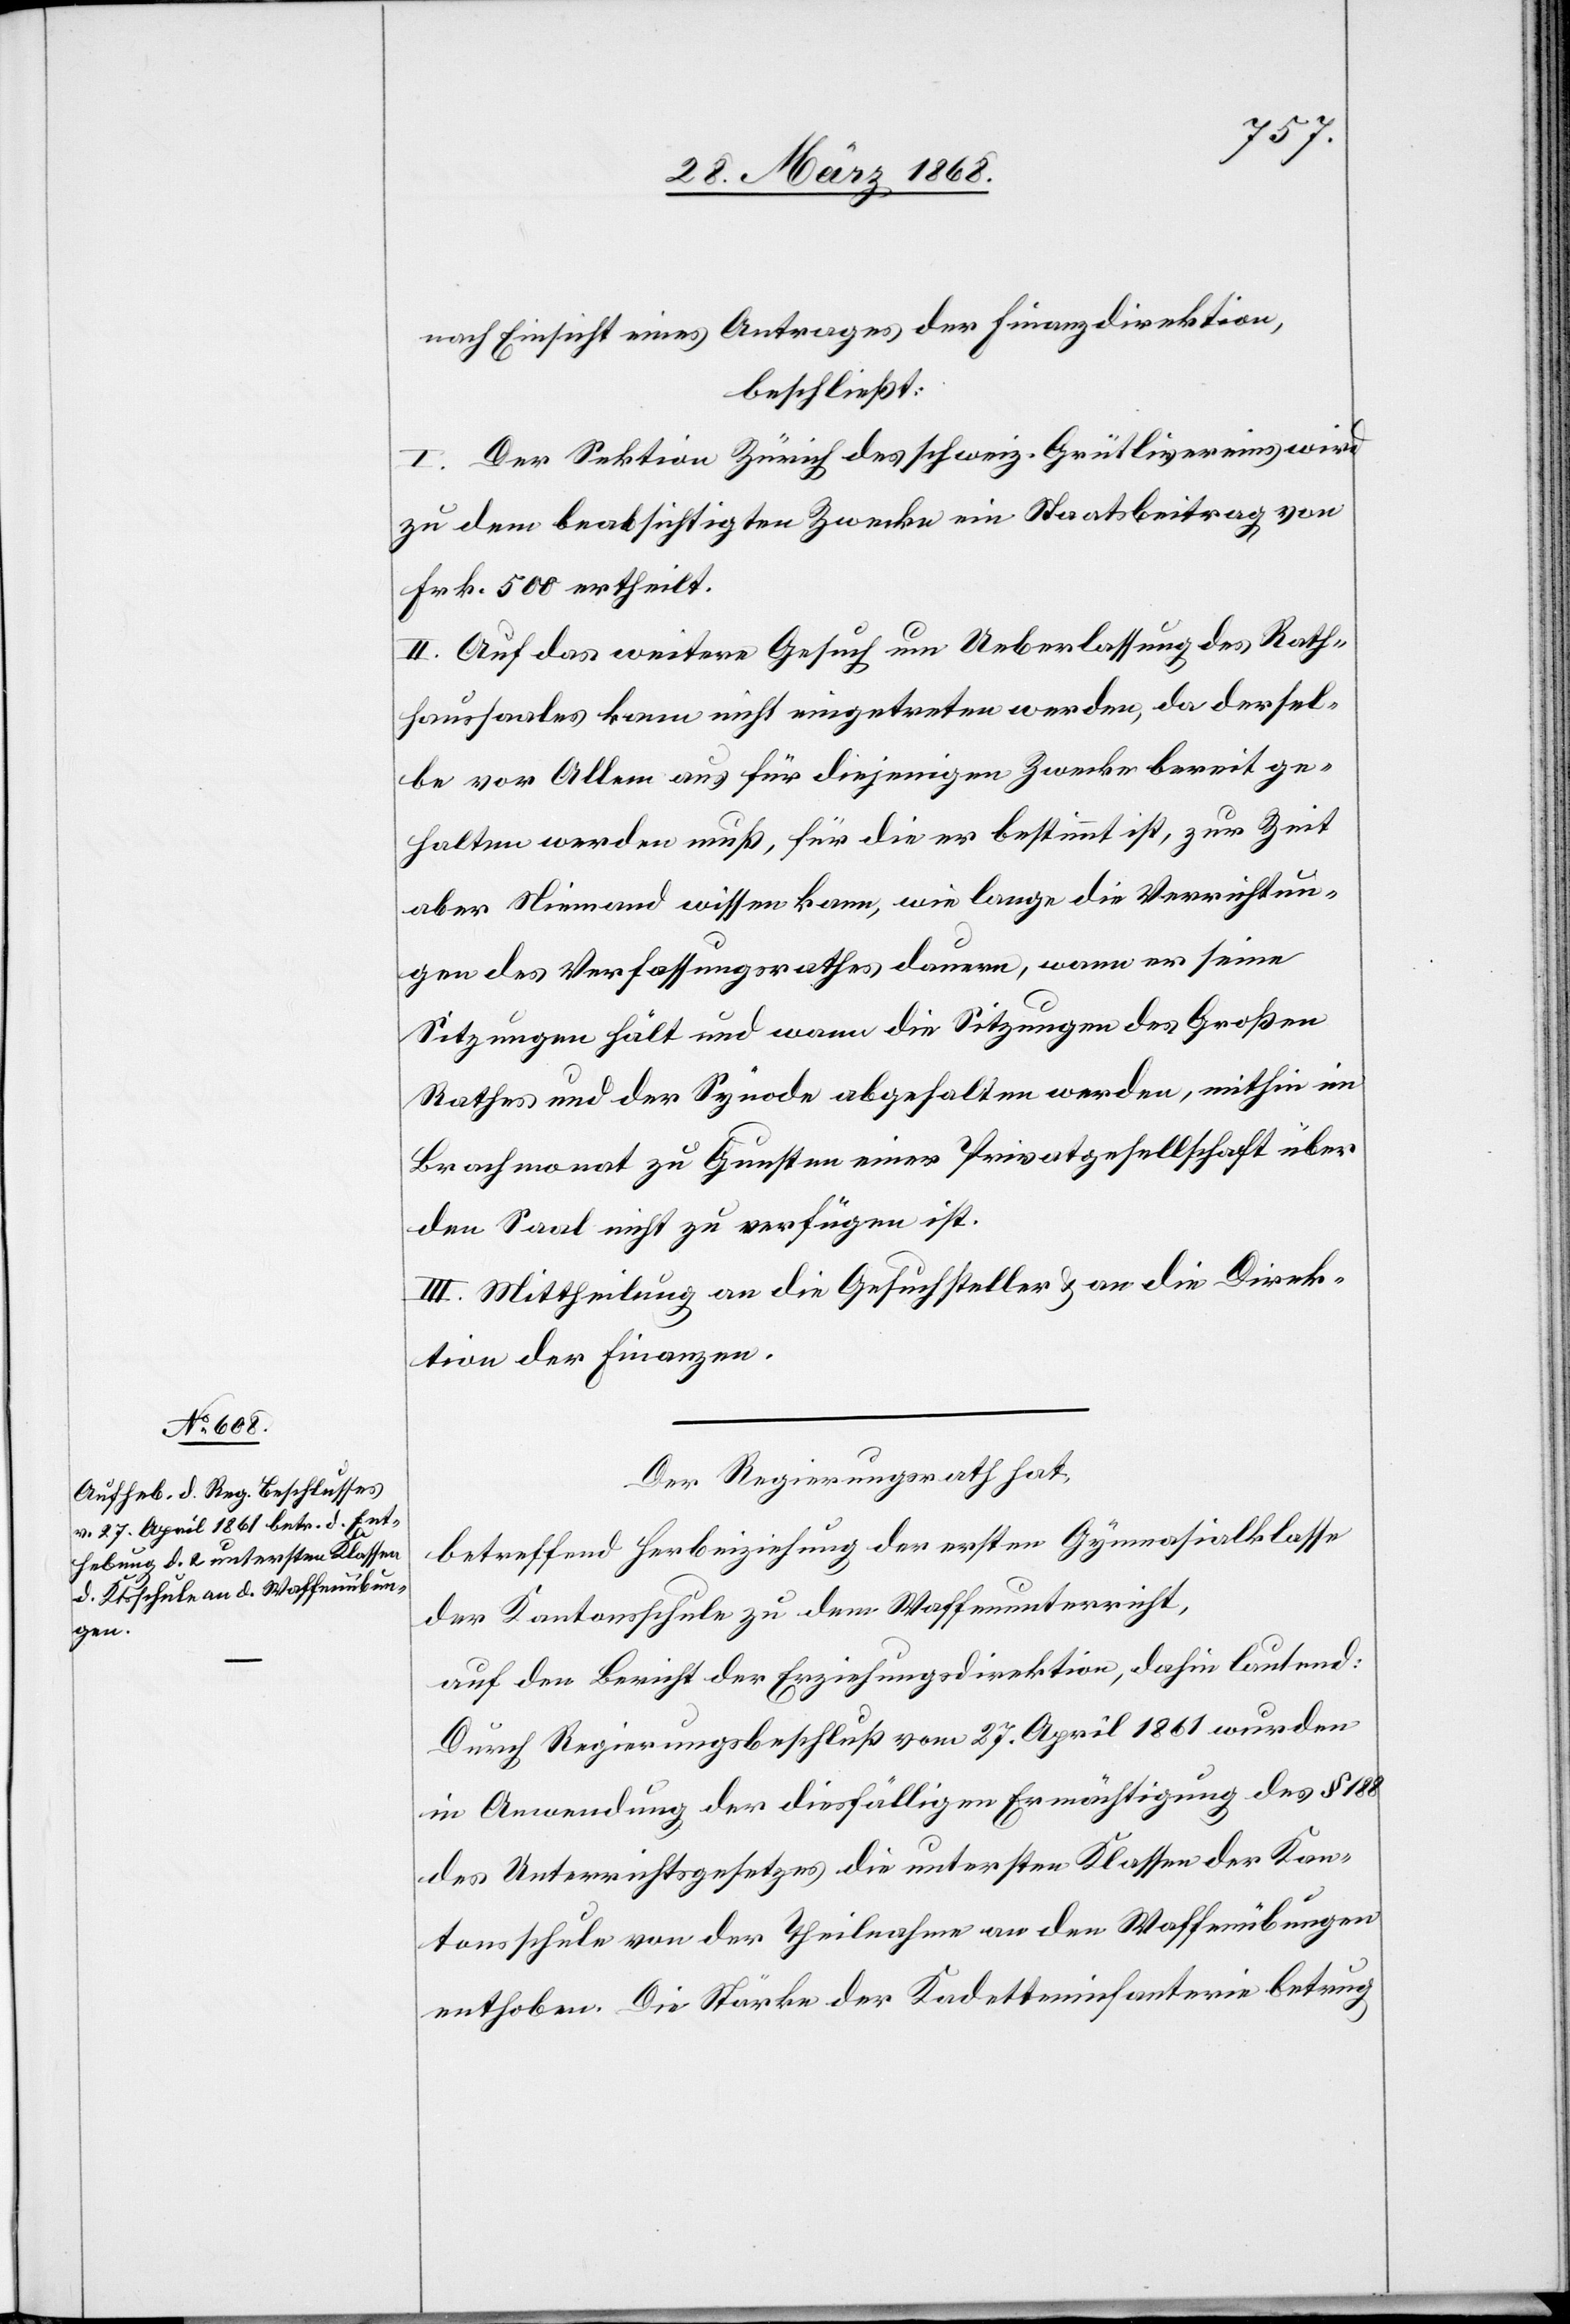
nach Einsicht eines Antrages der Finanzdirektion,
beschließt:
I. Der Sektion Zürich des schweiz. Grütlivereins wird
zu dem beabsichtigten Zwecke ein Staatsbeitrag von
Frk. 500 ertheilt.
II. Auf das weitere Gesuch um Ueberlassung des Rath¬
haussaales kann nicht eingetreten werden, da dersel¬
be vor Allem aus für diejenigen Zwecke bereit ge¬
halten werden muß, für die er bestimmt ist, zur Zeit
aber Niemand wissen kann, wie lange die Verrichtun¬
gen des Verfassungsrathes dauern, wann er seine
Sitzungen hält und wann die Sitzungen des Großen
Rathes und der Synode abgehalten werden, mithin im
Brachmonat zu Gunsten einer Privatgesellschaft über
den Saal nicht zu verfügen ist.
III. Mittheilung an die Gesuchsteller & an die Direk¬
tion der Finanzen.
Der Regierungsrath hat,
betreffend Herbeiziehung der ersten Gymnasialklasse
der Kantonsschule zu dem Waffenunterricht,
auf den Bericht der Erziehungsdirektion, dahin lautend:
Durch Regierungsbeschluß vom 27. April 1861 wurden
in Anwendung der diesfälligen Ermächtigung des § 188
des Unterrichtsgesetzes die untersten Klassen der Kan¬
tonsschule von der Theilnahme an den Waffenübungen
enthoben. Die Stärke der Kadetteninfanterie betrug